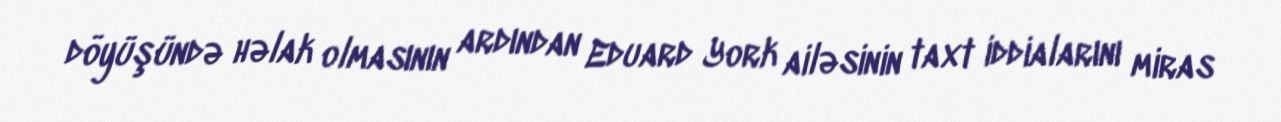
döyüşündə həlak olmasının ardından Eduard York ailəsinin taxt iddialarını miras